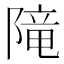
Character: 𨻫